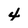
Character: 4